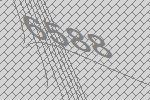
6588